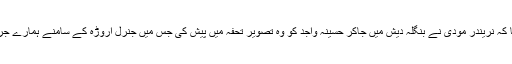
سینیٹر سراج الحق نے کہا کہ نریندر مودی نے بنگلہ دیش میں جاکر حسینہ واجد کو وہ تصویر تحفہ میں پیش کی جس میں جنرل اروڑہ کے سامنے ہمارے جرنیل ہتھیار ڈال رہے ہیں ۔